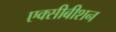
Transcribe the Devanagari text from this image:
एक्सीबीशन